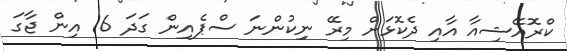
ކްރޮއޭޝިއާ އާއި ދެކޮޅަށް މިރޭ ނިިކުންނަ ސްޕެއިން ގަދަ 16 އިން ޖާގަ